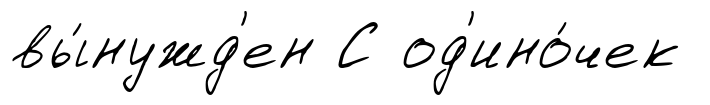
вы́нужд'ен С од'ино́чек